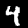
Label: 4